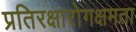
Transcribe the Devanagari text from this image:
प्रतिरक्षारोगक्षमता